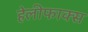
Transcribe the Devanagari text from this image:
हेलीफाक्स